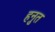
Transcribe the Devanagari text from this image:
हनुत